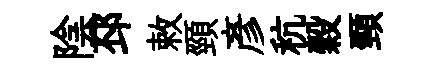
陰邳敕頸彥秔穀頸